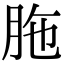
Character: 胣